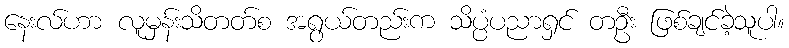
နေးလ်ဟာ လူမှန်းသိတတ်စ အရွယ်တည်းက သိပ္ပံပညာရှင် တဦး ဖြစ်ချင်ခဲ့သူပါ။